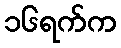
၁၆ရက်က